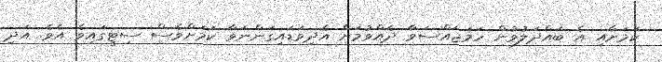
ކަމަށާއި އެ ބައްދަލުވުން ހަމަޖައްސަވާ ދެއްވުމަށް އެދިވަޑައިގަންނަވާ ކަމަށްވެސް ސިޓީގައިވެ އެވެ. އަދި